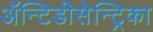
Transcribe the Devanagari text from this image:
ॲन्टिडीसेन्ट्रिका